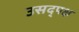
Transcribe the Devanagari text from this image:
उसद्पक्ष